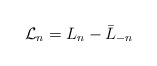
\begin{align*}{\cal L }_n = L_n - \bar L_{-n} \ \end{align*}